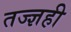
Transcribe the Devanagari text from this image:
तज्ज्ञही